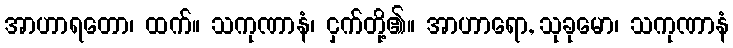
အာဟာရတော၊ ထက်။ သကုဏာနံ၊ ငှက်တို့၏။ အာဟာရော, သုခုမော၊ သကုဏာနံ